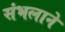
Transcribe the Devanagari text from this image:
संभलाने